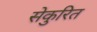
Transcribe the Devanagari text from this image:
सेकुरित